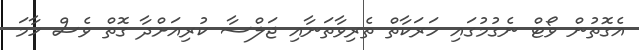
އެގޮތުން ވޯޓް ނެގުމުގައި ހަރަކާތް ތެރިވާތަނާއި ޖަލްސާ ކުރިއަށްދާ ގޮތް ވެސް ހާމަ